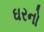
ઘરનો